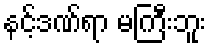
နင့်ဒဏ်ရာ မကြီးဘူး